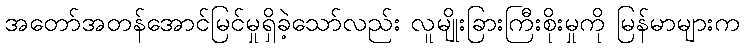
အတော်အတန်အောင်မြင်မှုရှိခဲ့သော်လည်း လူမျိုးခြားကြီးစိုးမှုကို မြန်မာများက